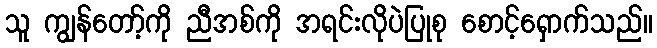
သူ ကျွန်တော့်ကို ညီအစ်ကို အရင်းလိုပဲပြုစု စောင့်ရှောက်သည်။